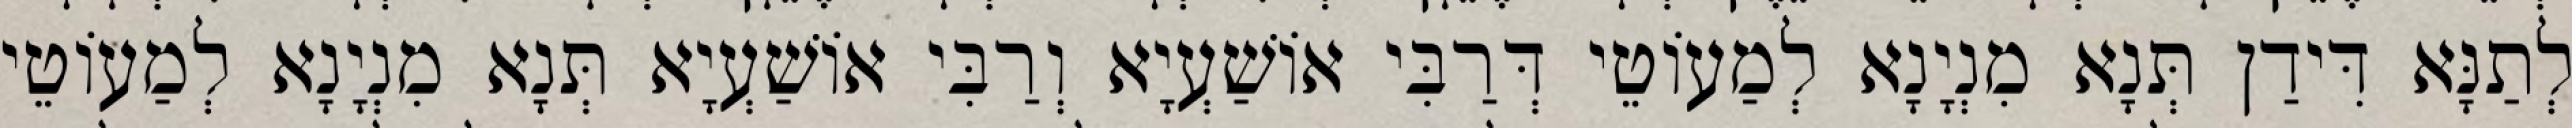
לְתַנָּא דִּידַן תְּנָא מִנְיָנָא לְמַעוֹטֵי דְּרַבִּי אוֹשַׁעְיָא וְרַבִּי אוֹשַׁעְיָא תְּנָא מִנְיָנָא לְמַעוֹטֵי